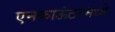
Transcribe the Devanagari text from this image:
एनकाऊंटरमध्ये